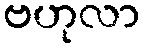
ဗဟုလာ